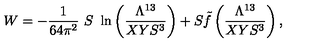
W = - { \frac { 1 } { 6 4 \pi ^ { 2 } } } \ S \ \ln \left( { \frac { \Lambda ^ { 1 3 } } { X Y S ^ { 3 } } } \right) + S { \tilde { f } } \left( { \frac { \Lambda ^ { 1 3 } } { X Y S ^ { 3 } } } \right) ,